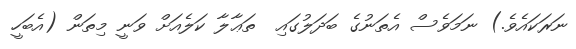
ނަރަކައެވެ.) ނަމަވެސް އެތަނުގެ ބަދަލުގައި  ތަޢާލާ ކަލެއަށް ވަނީ މިތަން (އެބަހީ